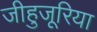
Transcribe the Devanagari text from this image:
जीहुजूरिया